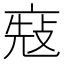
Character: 𠅬